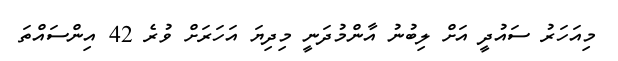
މިއަހަރު ސައުދީ އަށް ލިބުނު އާންމުދަނީ މިދިޔަ އަހަރަށް ވުރެ 42 އިންސައްތަ